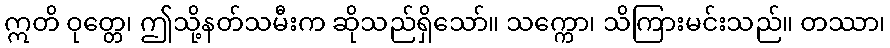
ဣတိ ဝုတ္တေ၊ ဤသို့နတ်သမီးက ဆိုသည်ရှိသော်။ သက္ကော၊ သိကြားမင်းသည်။ တဿာ၊